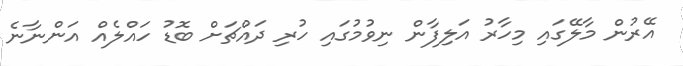
އޭރުން މާލޭގައި މިހާރު އަލިފާން ނިވުމުގައި ހުރި ދައްޗަށް ބޮޑު ހައްލެއް އަންނާނެ